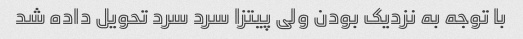
با توجه به نزدیک بودن ولی پیتزا سرد سرد تحویل داده شد